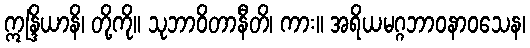
ဣန္ဒြိယာနိ၊ တို့ကို။ သုဘာဝိတာနီတိ၊ ကား။ အရိယမဂ္ဂဘာဝနာဝသေန၊